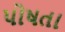
પોષતા